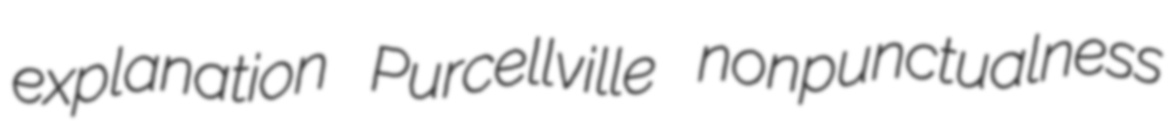
explanation Purcellville nonpunctualness